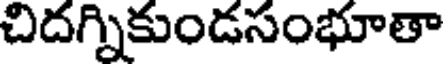
చిదగ్నికుండసంభూతా